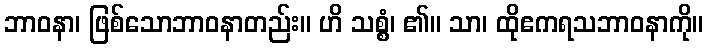
ဘာဝနာ၊ ဖြစ်သောဘာဝနာတည်း။ ဟိ သစ္စံ၊ ၏။ သာ၊ ထိုဧကရသဘာဝနာကို။